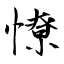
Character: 憭